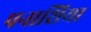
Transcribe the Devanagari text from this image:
पनाशिया